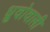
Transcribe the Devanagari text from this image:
ध्रुवोवाली